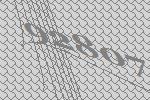
92807